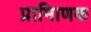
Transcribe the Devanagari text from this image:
प्रामािणक